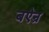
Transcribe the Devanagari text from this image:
बऐन्र